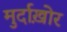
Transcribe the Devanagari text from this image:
मुर्दाख़ोर